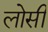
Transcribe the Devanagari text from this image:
लोसी